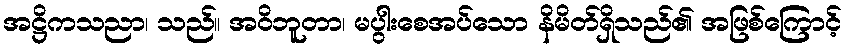
အဋ္ဌိကသညာ၊ သည်။ အဝိဘူတာ၊ မပွါးစေအပ်သော နိမိတ်ရှိသည်၏ အဖြစ်ကြောင့်